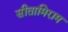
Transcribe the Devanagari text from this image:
सीतामिराम